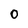
Character: 0